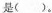
是( )。